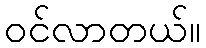
ဝင်လာတယ်။